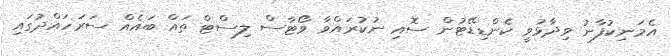
އެމަނިކުފާނު ވިދާޅުވީ ކެންޑިޑޭޓުން ސޮއި ނުކުރައްވާ ވޯޓާސް ލިސްޓް ތައް ބައެއް ސަރަހައްދުގައި